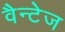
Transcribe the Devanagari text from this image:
वैन्टेज